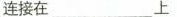
连接在 上